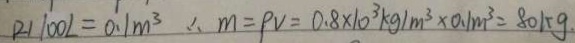
( 2 ) 1 0 0 L = 0 . 1 m ^ { 3 } \therefore m = P V = 0 . 8 \times 1 0 ^ { 3 } k g / m ^ { 3 } \times 0 . 1 m ^ { 3 } = 8 0 k g .